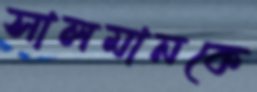
সালমানকে